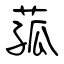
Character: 菰